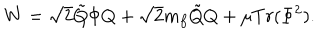
W = \sqrt { 2 } \tilde { Q } \Phi Q + \sqrt { 2 } m _ { f } \tilde { Q } Q + \mu T r ( \Phi ^ { 2 } ) .